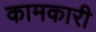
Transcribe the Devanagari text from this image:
कामकारी